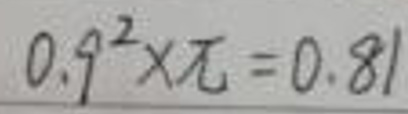
$0.9^{2}\times\pi = 0.81$